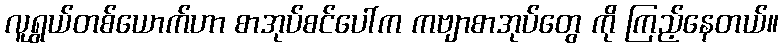
လူရွယ်တစ်ယောက်ဟာ စာအုပ်စင်ပေါ်က ကဗျာစာအုပ်တွေ ကို ကြည့်နေတယ်။